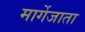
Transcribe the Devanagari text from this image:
मार्गेजाता